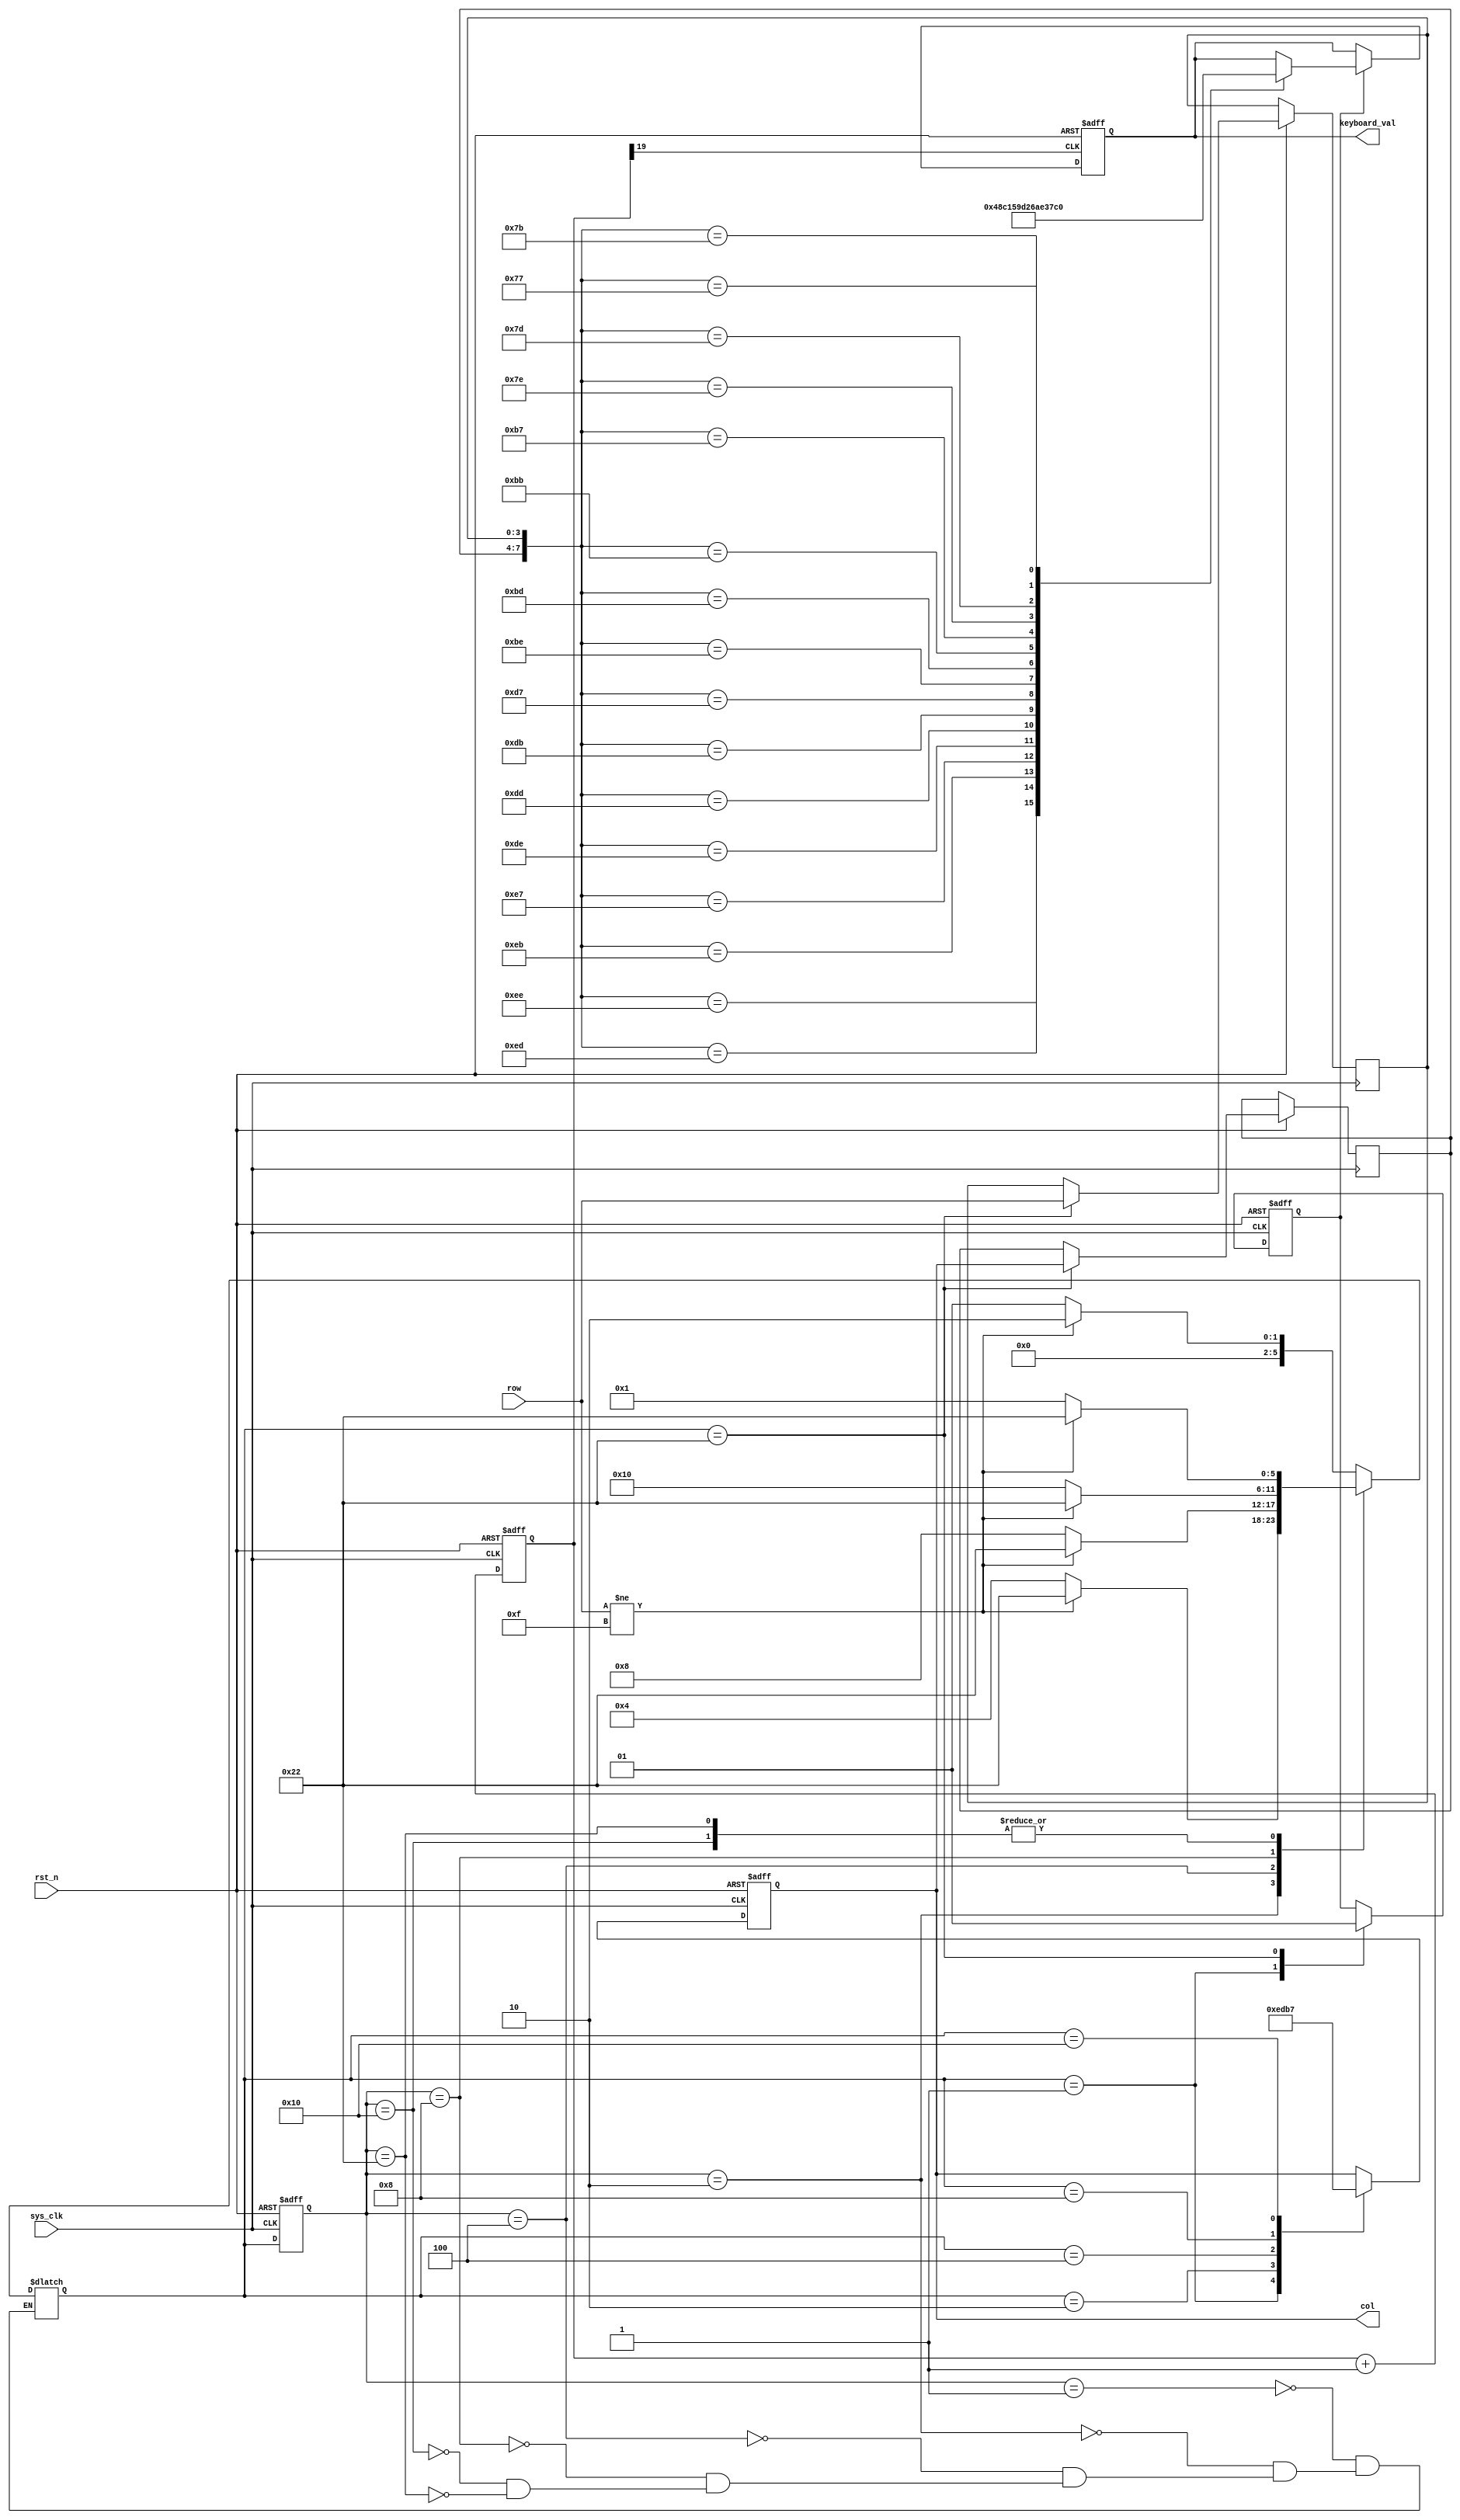
//-------------------------------------------
//Code From :https://www.cnblogs.com/yuphone/archive/2010/11/09/1783623.html
//-------------------------------------------
module key_board(
		input 				sys_clk,			//50MHz
		input 				rst_n,
		input 		[3:0] row,		// 
		output reg 	[3:0] col,		// 
		output reg 	[3:0] keyboard_val
);

//----------
//
//----------
reg [19:0] cnt;

always@(posedge sys_clk or negedge rst_n)
begin
	if(!rst_n)
		cnt <= 0;
	else 
		cnt <= cnt + 1'b1;
end

wire key_clk = cnt[19];			//(2^20/50M = 21 )ms

//----------
//
//----------



//----------
//
//----------
parameter NO_KEY_PRESSED = 6'b000_001;	//
parameter SCAN_COL0		 = 6'b000_010;//0
parameter SCAN_COL1		 = 6'b000_100;//1
parameter SCAN_COL2		 = 6'b001_000;//2
parameter SCAN_COL3		 = 6'b010_000;//3
parameter KEY_PRESSED	 = 6'b100_010;//

reg [5:0] current_state,next_state;	//	

always@(posedge sys_clk or negedge rst_n)
begin
	if(!rst_n)
		current_state <= NO_KEY_PRESSED;
	else 
		current_state <= next_state;
end 

//-------
//
//-------
always@(*)
begin
	case(current_state)
		NO_KEY_PRESSED:
			begin
				if(row != 4'hf)
					next_state <= SCAN_COL0;
				else 
					next_state <= NO_KEY_PRESSED;
			end
		SCAN_COL0:
			begin
				if(row != 4'hf)
					next_state <= KEY_PRESSED;
				else 
					next_state <= SCAN_COL1;
			end
		SCAN_COL1:
			begin
				if(row != 4'hf)
					next_state <= KEY_PRESSED;
				else 
					next_state <= SCAN_COL2;
			end
		SCAN_COL2:
			begin
				if(row != 4'hf)
					next_state <= KEY_PRESSED;
				else 
					next_state <= SCAN_COL3;
			end
		SCAN_COL3:
			begin
				if(row != 4'hf) 
					next_state <= KEY_PRESSED;
				else	
					next_state <= NO_KEY_PRESSED;
			end
		KEY_PRESSED:
			begin
				if(row != 4'hf)
					next_state <= KEY_PRESSED;
				else
					next_state <= NO_KEY_PRESSED;
			end
	endcase

end

reg  			key_pressed_flag;		//
reg  [3:0]	col_value,row_value;	//

always@(posedge sys_clk or negedge rst_n)
begin
	if(!rst_n)
		begin
			col <= 4'h0;
			key_pressed_flag <= 0;
		end
	else 
		case(next_state)
			NO_KEY_PRESSED :                  // 
				begin
				  col              <= 4'h0;
				  key_pressed_flag <=    0;       // 
				end
			SCAN_COL0 :                       // 0
			  col <= 4'b1110;
			SCAN_COL1 :                       // 1
			  col <= 4'b1101;
			SCAN_COL2 :                       // 2
			  col <= 4'b1011;
			SCAN_COL3 :                       // 3
			  col <= 4'b0111;
			KEY_PRESSED :                     // 
				begin
				  col_value          <= col;        // 
				  row_value         <= row;        // 
				  key_pressed_flag <= 1;          //   
				end
    endcase
end
//--------------------------------------
//  
//--------------------------------------

//++++++++++++++++++++++++++++++++++++++
//  
//++++++++++++++++++++++++++++++++++++++
always @ (posedge key_clk, negedge rst_n)
  if (!rst_n)
    keyboard_val <= 4'h0;
  else
    if (key_pressed_flag)
      case ({col_value, row_value})
        8'b1110_1110 : keyboard_val <= 4'h0;
        8'b1110_1101 : keyboard_val <= 4'h4;
        8'b1110_1011 : keyboard_val <= 4'h8;
        8'b1110_0111 : keyboard_val <= 4'hC;
         
        8'b1101_1110 : keyboard_val <= 4'h1;
        8'b1101_1101 : keyboard_val <= 4'h5;
        8'b1101_1011 : keyboard_val <= 4'h9;
        8'b1101_0111 : keyboard_val <= 4'hD;
         
        8'b1011_1110 : keyboard_val <= 4'h2;
        8'b1011_1101 : keyboard_val <= 4'h6;
        8'b1011_1011 : keyboard_val <= 4'hA;
        8'b1011_0111 : keyboard_val <= 4'hE;
         
        8'b0111_1110 : keyboard_val <= 4'h3; 
        8'b0111_1101 : keyboard_val <= 4'h7;
        8'b0111_1011 : keyboard_val <= 4'hB;
        8'b0111_0111 : keyboard_val <= 4'hF;        
      endcase
//--------------------------------------
//   
//--------------------------------------



endmodule